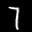
Label: 7